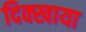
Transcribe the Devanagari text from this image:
दिक्खाया